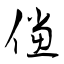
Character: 儻